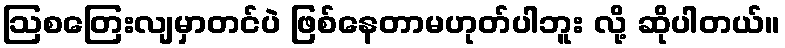
ဩစတြေးလျမှာတင်ပဲ ဖြစ်နေတာမဟုတ်ပါဘူး လို့ ဆိုပါတယ်။